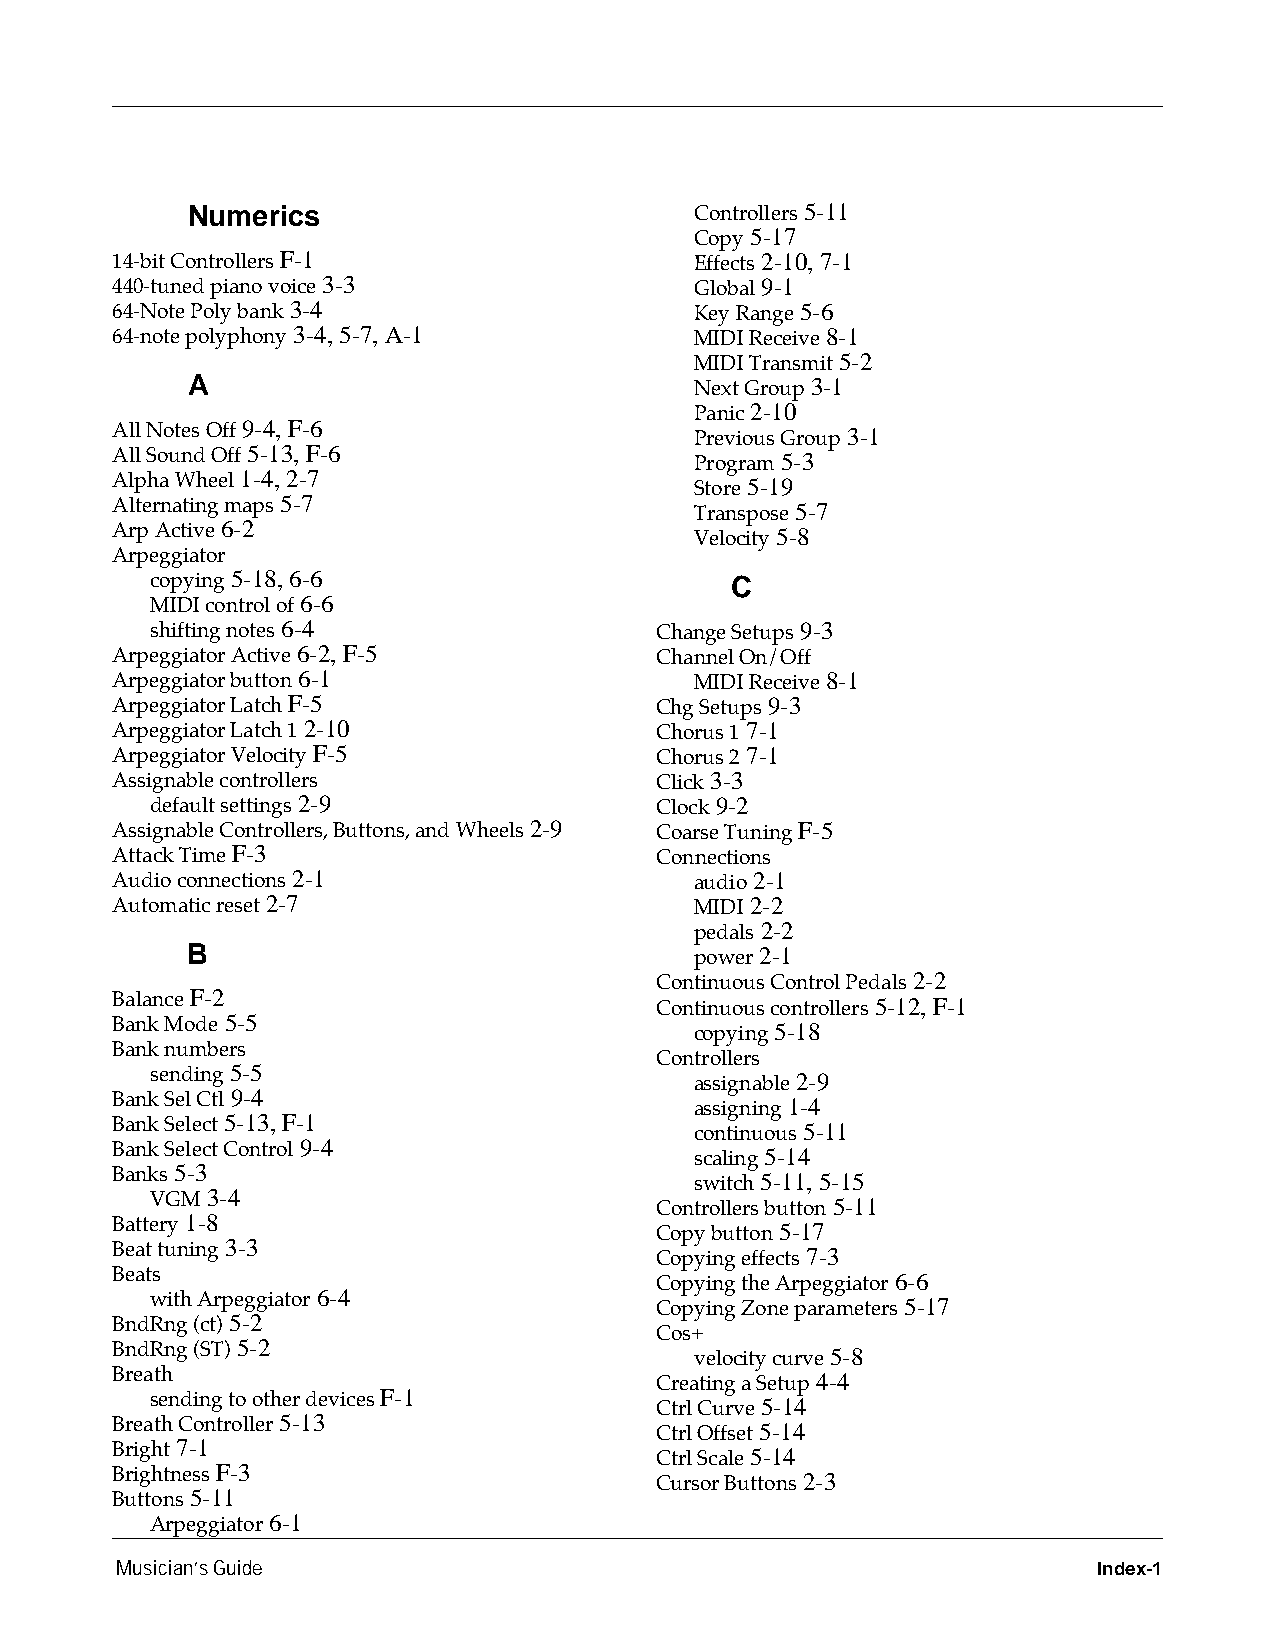
Numerics                          Controllers 5-11
 Copy 5-17
 14-bit Controllers F-1                 Effects 2-10, 7-1
 440-tuned piano voice 3-3              Global 9-1
 64-Note Poly bank 3-4                  Key Range 5-6
 64-note polyphony 3-4, 5-7, A-1        MIDI Receive 8-1
 MIDI Transmit 5-2
 A                                 Next Group 3-1
 Panic 2-10
 All Notes Off 9-4, F-6                 Previous Group 3-1
 All Sound Off 5-13, F-6                Program 5-3
 Alpha Wheel 1-4, 2-7                   Store 5-19
 Alternating maps 5-7                   Transpose 5-7
 Arp Active 6-2                         Velocity 5-8
 Arpeggiator
 copying 5-18, 6-6                     C
 MIDI control of 6-6
 shifting notes 6-4               Change Setups 9-3
 Arpeggiator Active 6-2, F-5         Channel On/Off
 Arpeggiator button 6-1                 MIDI Receive 8-1
 Arpeggiator Latch F-5               Chg Setups 9-3
 Arpeggiator Latch 1 2-10            Chorus 1 7-1
 Arpeggiator Velocity F-5            Chorus 2 7-1
 Assignable controllers              Click 3-3
 default settings 2-9             Clock 9-2
 Assignable Controllers, Buttons, and Wheels 2-9 Coarse Tuning F-5
 Attack Time F-3                     Connections
 Audio connections 2-1                  audio 2-1
 Automatic reset 2-7                    MIDI 2-2
 pedals 2-2
 B                                 power 2-1
 Continuous Control Pedals 2-2
 Balance F-2                         Continuous controllers 5-12, F-1
 Bank Mode 5-5                          copying 5-18
 Bank numbers
 Controllers
 sending 5-5                         assignable 2-9
 Bank Sel Ctl 9-4                       assigning 1-4
 Bank Select 5-13, F-1                  continuous 5-11
 Bank Select Control 9-4                scaling 5-14
 Banks 5-3                              switch 5-11, 5-15
 VGM 3-4                          Controllers button 5-11
 Battery 1-8                         Copy button 5-17
 Beat tuning 3-3                     Copying effects 7-3
 Beats                               Copying the Arpeggiator 6-6
 with Arpeggiator 6-4             Copying Zone parameters 5-17
 BndRng (ct) 5-2
 Cos+
 BndRng (ST) 5-2                        velocity curve 5-8
 Breath                              Creating a Setup 4-4
 sending to other devices F-1     Ctrl Curve 5-14
 Breath Controller 5-13              Ctrl Offset 5-14
 Bright 7-1                          Ctrl Scale 5-14
 Brightness F-3                      Cursor Buttons 2-3
 Buttons 5-11
 Arpeggiator 6-1
 Musician’s Guide                                                 Index-1